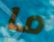
ما